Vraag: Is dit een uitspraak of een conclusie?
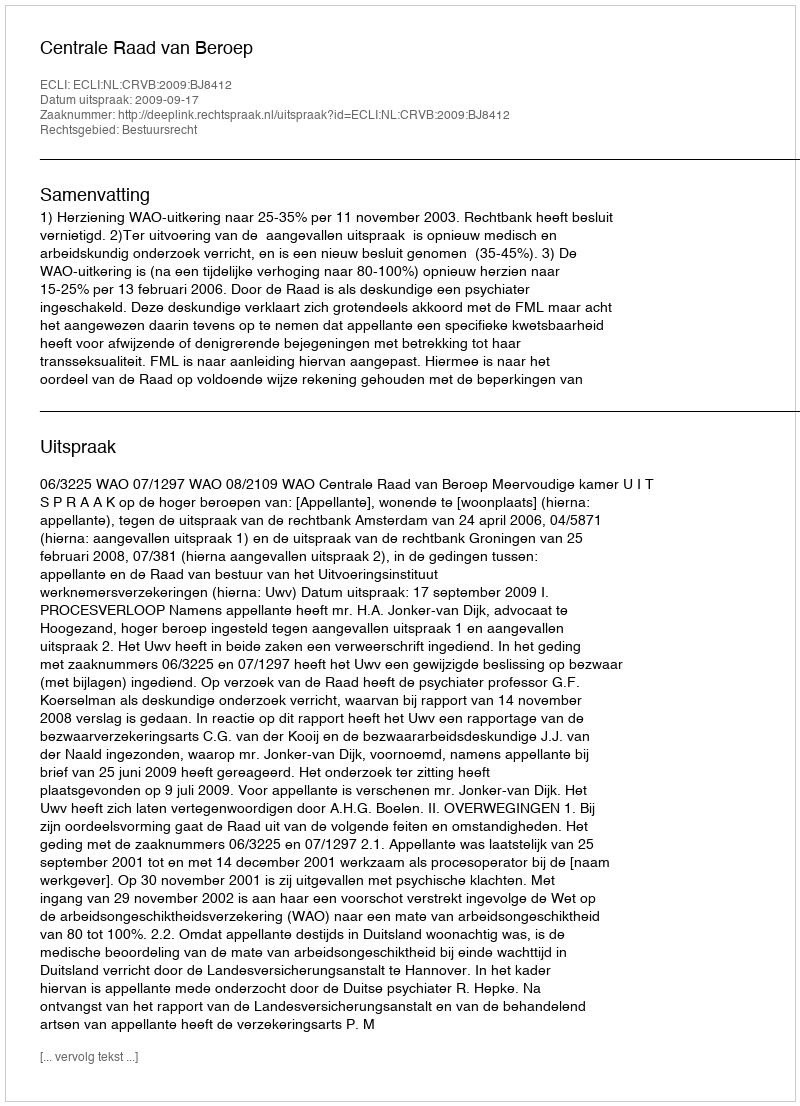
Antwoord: Uitspraak